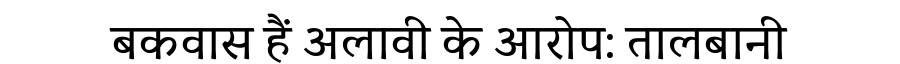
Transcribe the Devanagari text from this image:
बकवास हैं अलावी के आरोप: तालबानी